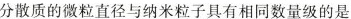
分散质的微粒直径与纳米粒子具有相同数量级的是